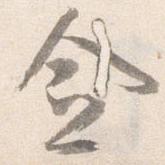
僉